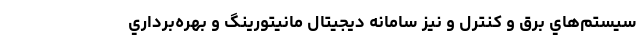
سيستم‌هاي برق و كنترل و نيز سامانه ديجيتال مانيتورينگ و بهره‌برداري